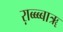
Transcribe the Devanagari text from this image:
ऱाब्ब्ब्बाॠ